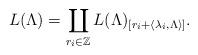
LaTeX: \begin{align*} L(\Lambda) = \coprod_{r_i \in \mathbb{Z}} L(\Lambda)_{[r_i+\langle\lambda_i,\Lambda\rangle]}.\end{align*}